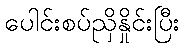
ပေါင်းစပ်ညှိနှိုင်းပြီး